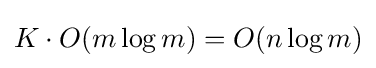
K\cdot O(m\log m)=O(n\log m)